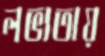
লভ্যতায়